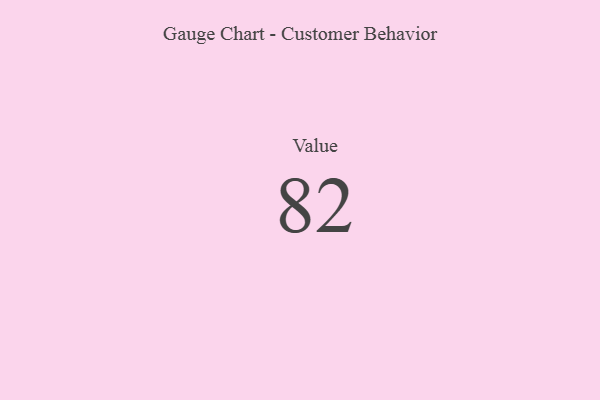
{"axis": {"x": "Metric", "y": "Value"}, "legend": [""], "data": [{"x": "Value", "y": 82, "type": ""}]}